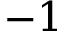
- 1